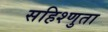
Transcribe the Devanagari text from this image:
सहिश्णुता